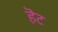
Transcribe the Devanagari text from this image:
हॆट